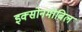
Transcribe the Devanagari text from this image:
इक्सोनमोबिल